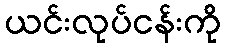
ယင်းလုပ်ငန်းကို